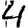
Digit: 4